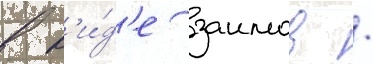
в в'и́д'е заимов /